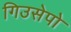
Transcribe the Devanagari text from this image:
गिउसेपो